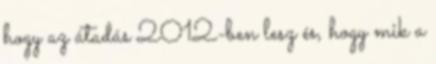
hogy az átadás 2012-ben lesz és, hogy mik a